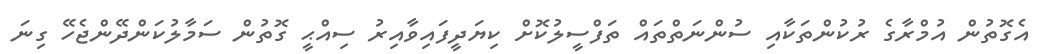
އެގޮތުން އުމްރާގެ ރުކުންތަކާއި ސުންނަތްތައް ތަފްސީލުކޮށް ކިޔަދީފައިވާއިރު ސިއްޙީ ގޮތުން ސަމާލުކަންދޭންޖެހޭ ގިނަ